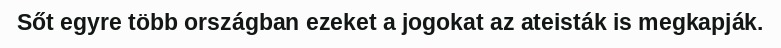
Sőt egyre több országban ezeket a jogokat az ateisták is megkapják.